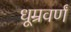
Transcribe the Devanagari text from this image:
धूम्रवर्णं